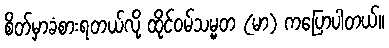
စိတ်မှာခံစားရတယ်လို့ ထိုင်ဝမ်သမ္မတ (မာ) ကပြောပါတယ်။